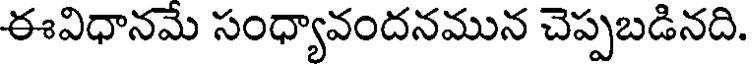
ఈవిధానమే సంధ్యావందనమున చెప్పబడినది.